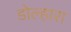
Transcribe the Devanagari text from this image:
डोल्हारा